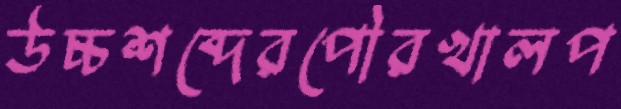
উচ্চশব্দেরপৌরখালপ